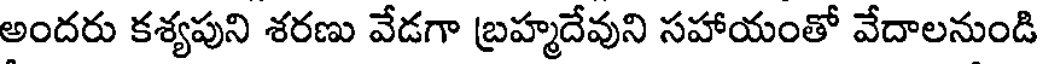
అందరు కశ్యపుని శరణు వేడగా బ్రహ్మదేవుని సహాయంతో వేదాలనుండి